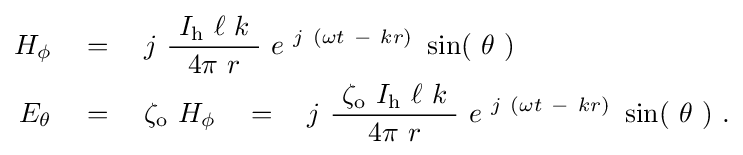
{\begin{aligned}H_{\mathrm {\phi } }\quad &=\quad j\ {\frac {\ I_{\mathrm {h} }\ \ell \ k\ }{4\pi \ r}}\ e^{\ j\ \left(\omega t\ -\ kr\right)}\ \sin(\ \theta \ )\\E_{\mathrm {\theta } }\quad &=\quad \zeta _{\mathrm {o} }\ H_{\mathrm {\phi } }\quad =\quad j\ {\frac {\ \zeta _{\mathrm {o} }\ I_{\mathrm {h} }\ \ell \ k\ }{4\pi \ r}}\ e^{\ j\ \left(\omega t\ -\ kr\right)}\ \sin(\ \theta \ )~.\end{aligned}}